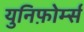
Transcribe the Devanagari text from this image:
युनिफ़ोर्म्स